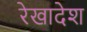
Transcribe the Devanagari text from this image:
रेखादेश